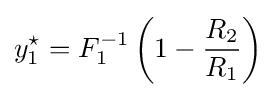
y_{1}^{\star }=F_{1}^{-1}\left(1-{\frac {R_{2}}{R_{1}}}\right)